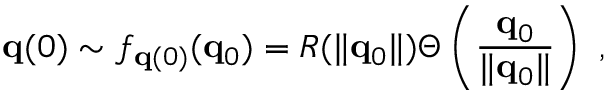
{ \bf q } ( 0 ) \sim f _ { { \bf q } ( 0 ) } ( { \bf q } _ { 0 } ) = R ( \| { \bf q } _ { 0 } \| ) \Theta \left( \frac { { \bf q } _ { 0 } } { \| { \bf q } _ { 0 } \| } \right) \mathrm { ~ , ~ }